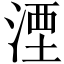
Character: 湮